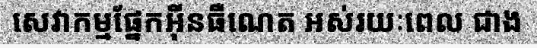
សេវាកម្មផ្នែកអ៊ីនធឺណេត អស់រយៈពេល ជាង